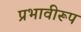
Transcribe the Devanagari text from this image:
प्रभावीरूप